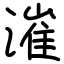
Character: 漼